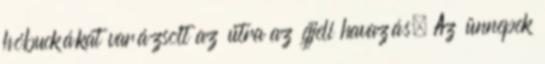
hóbuckákat varázsolt az útra az éjjeli havazás. Az ünnepek